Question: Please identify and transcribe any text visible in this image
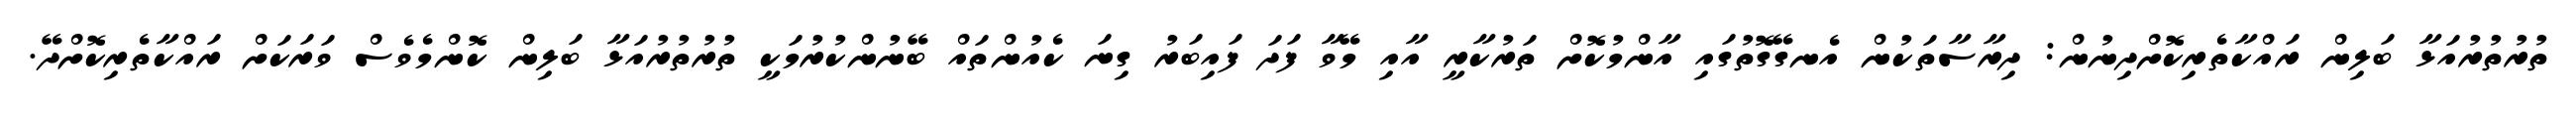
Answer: ތުރުތުރުއަޅާ ބަލިން ރައްކާތެރިކޮށްދިނުން: ދިރާސާތަކުން އެނގޭގޮތުގައި އާންމުކޮށް ތަރުކާރީ އާއި މޭވާ ފަދަ ފައިބަރު ގިނަ ކެއުންތައް ބޭނުންކުރުމަކީ ތުރުތުރުއަޅާ ބަލިން ކޮންމެވެސް ވަރަކަށް ރައްކާތެރިކޮށްދޭ.